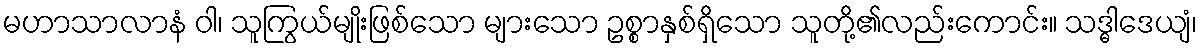
မဟာသာလာနံ ဝါ၊ သူကြွယ်မျိုးဖြစ်သော များသော ဥစ္စာနှစ်ရှိသော သူတို့၏လည်းကောင်း။ သဒ္ဓါဒေယျံ၊